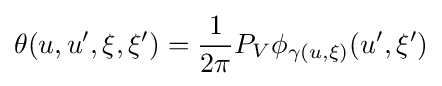
\theta (u,u',\xi ,\xi ')={\frac {1}{2\pi }}P_{V}\phi _{\gamma (u,\xi )}(u',\xi ')